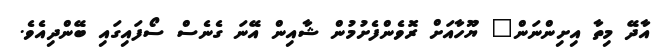
އާދޭ މިތާ އިށިންނަން" ޔޫހާއަށް ރޮވެންފެށުމުން ޝާއިން އޭނަ ގެނެސް ސޯފައިގައި ބޭންދިއެވެ.